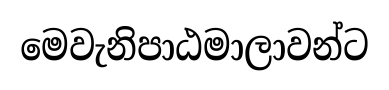
මෙවැනිපාඨමාලාවන්ට